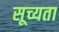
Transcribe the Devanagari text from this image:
सूच्यता